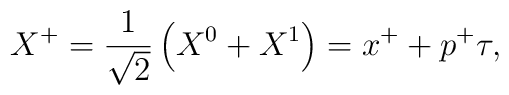
X^+ = \frac{1}{\sqrt{2}}\left( X^0 + X^{1}\right) = x^+ + p^+\tau ,